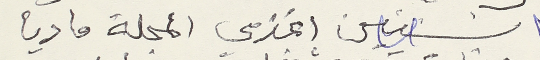
٣ سنين اغذي المجلة ماديا